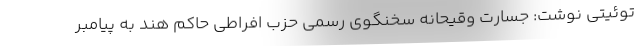
توئیتی نوشت: جسارت وقیحانه سخنگوی رسمی حزب افراطی حاکم هند به پیامبر